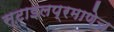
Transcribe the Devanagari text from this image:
स्टाइलप्रमाणेच